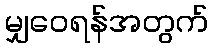
မျှဝေရန်အတွက်